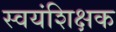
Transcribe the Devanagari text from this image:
स्वयंशिक्षक